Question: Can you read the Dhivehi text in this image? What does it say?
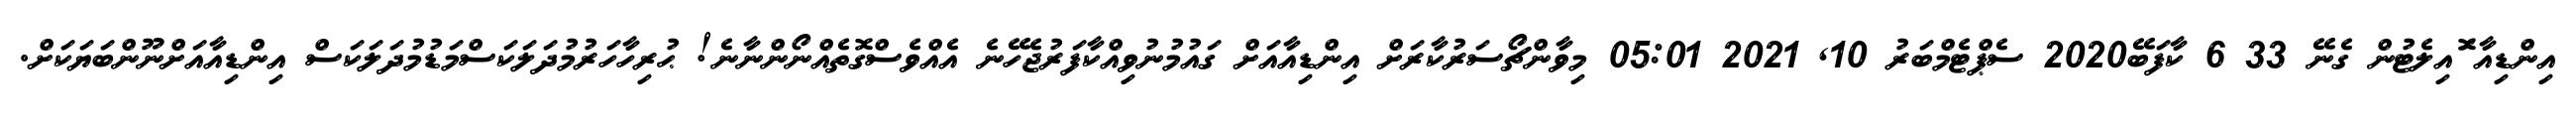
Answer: އިންޑިއާ ޮައިލެޓުން ގެނޭ 33 6 ކާފަބޭ2020 ސެޕްޓެމްބަރު 10, 2021 05:01 މިވާންޗޯސަރުކާރަށް އިންޑިއާއަށް ގައުމުނުވިއްކާފަރުޖެހޭނެ އެއްވެސްގޮތެއްނޯންނާނެ! ޙުރިހާހަރުމުދަލަކަސްމަޑުމުދަލަކަސް އިންޑިއާއަށްނޫންބަޔަކަށް.